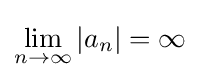
\lim _{n\rightarrow \infty }|a_{n}|=\infty